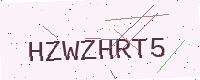
Text: HZWZHRT5